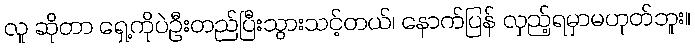
လူ ဆိုတာ ရှေ့ကိုပဲဦးတည်ပြီးသွားသင့်တယ်၊ နောက်ပြန် လှည့်ရမှာမဟုတ်ဘူး။